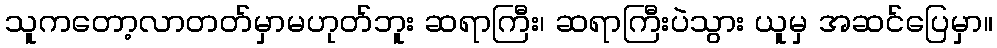
သူကတော့လာတတ်မှာမဟုတ်ဘူး ဆရာကြီး၊ ဆရာကြီးပဲသွား ယူမှ အဆင်ပြေမှာ။